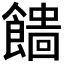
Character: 𩞒